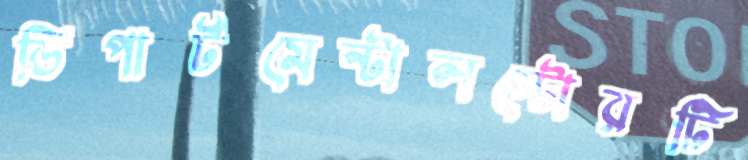
ডিপার্টমেন্টালস্টোরটি